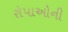
રોપાઓની